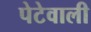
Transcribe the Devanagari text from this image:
पेटेवाली